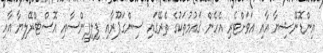
އިންޑޮނޭޝިޔާ އާއި އަވަށްޓެރި އެހެން ޤައުމުތަކުގެ ތެރޭގައި ސިންގަޕޫރާއި ފިލިޕީންސާއި އޮސްޓްރޭލިޔާ އާއި